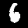
Digit: 6